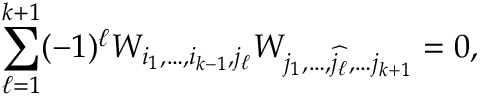
\sum _ { \ell = 1 } ^ { k + 1 } ( - 1 ) ^ { \ell } W _ { i _ { 1 } , \dots , i _ { k - 1 } , j _ { \ell } } W _ { j _ { 1 } , \dots , { \widehat { j _ { \ell } } } , \dots j _ { k + 1 } } = 0 ,